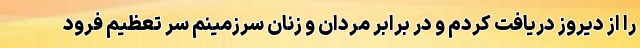
را از دیروز دریافت کردم و در برابر مردان و زنان سرزمینم سر تعظیم فرود